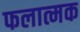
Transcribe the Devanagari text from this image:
फलात्मक